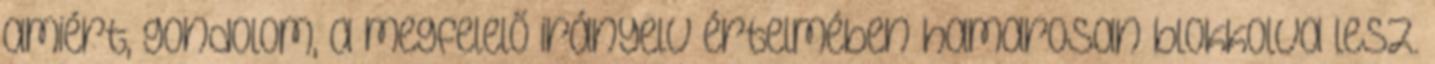
amiért, gondolom, a megfelelő irányelv értelmében hamarosan blokkolva lesz.